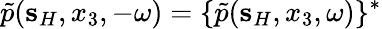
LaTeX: \tilde{p}({\mathbf s}_{H},x_{3},-\omega)=\{ \tilde{p}({\mathbf s}_{H},x_{3},\omega)\} ^{*}